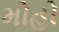
મોહો